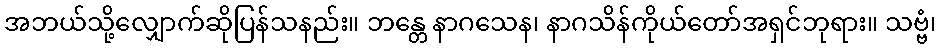
အဘယ်သို့လျှောက်ဆိုပြန်သနည်း။ ဘန္တေ နာဂသေန၊ နာဂသိန်ကိုယ်တော်အရှင်ဘုရား။ သဗ္ဗံ၊